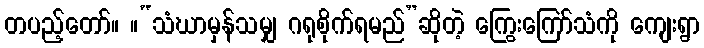
တပည့်တော်။ ။“သံဃာမှန်သမျှ ဂရုစိုက်ရမည်”ဆိုတဲ့ ကြွေးကြော်သံကို ကျေးရွာ